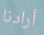
أرادنا